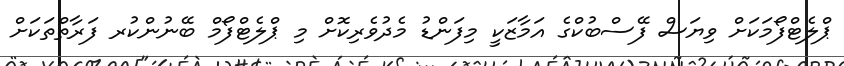
ޕްލެޓްފޯމަކަށް ވިޔަސް ފޭސްބުކްގެ އަމާޒަކީ މިފަންޑު މެދުވެރިކޮށް މި ޕްލެޓްފޯމް ބޭނުންކުރ ފަރާތްތަކަށް